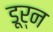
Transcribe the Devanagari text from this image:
डूर्न